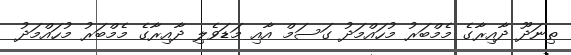
ތިނަދޫ ދާއިރާގެ މެމްބަރު މުހައްމަދު ގަސަމް އާއި މަޑަވެލި ދާއިރާގެ މެމްބަރު މުހައްމަދު